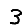
Digit: 3